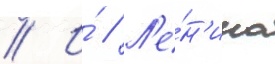
// И́ // Л'е́н'ина